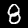
Label: 8